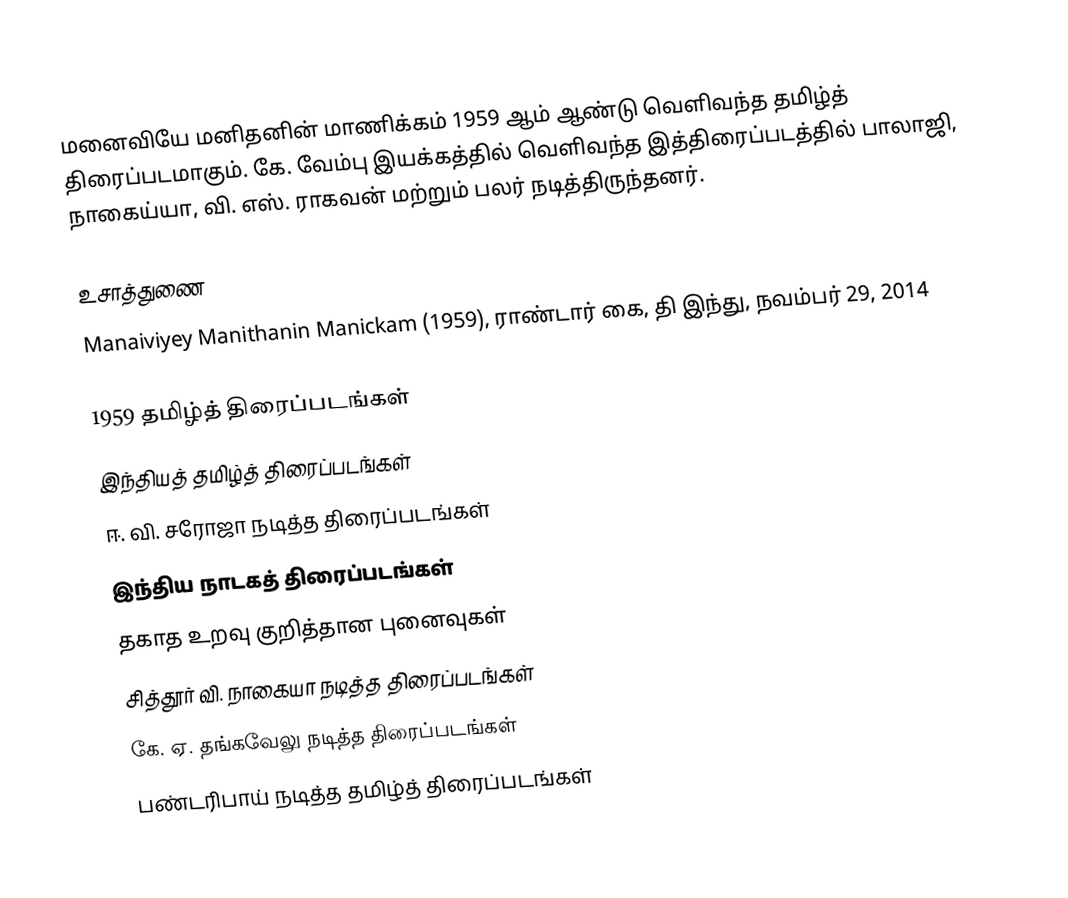
மனைவியே மனிதனின் மாணிக்கம் 1959 ஆம் ஆண்டு வெளிவந்த தமிழ்த் திரைப்படமாகும். கே. வேம்பு இயக்கத்தில் வெளிவந்த இத்திரைப்படத்தில் பாலாஜி, நாகைய்யா, வி. எஸ். ராகவன் மற்றும் பலர் நடித்திருந்தனர்.

உசாத்துணை
Manaiviyey Manithanin Manickam (1959), ராண்டார் கை, தி இந்து, நவம்பர் 29, 2014

1959 தமிழ்த் திரைப்படங்கள்
இந்தியத் தமிழ்த் திரைப்படங்கள்
ஈ. வி. சரோஜா நடித்த திரைப்படங்கள்
இந்திய நாடகத் திரைப்படங்கள்
தகாத உறவு குறித்தான புனைவுகள்
சித்தூர் வி. நாகையா நடித்த திரைப்படங்கள்
கே. ஏ. தங்கவேலு நடித்த திரைப்படங்கள்
பண்டரிபாய் நடித்த தமிழ்த் திரைப்படங்கள்